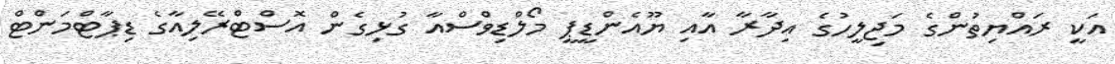
އަކީ ރައްޔިތުންގެ މަޖިލީހުގެ އިދާރާ އާއި ޔޫއެންޑީޕީ މޯލްޑިވްސްއާ ގުޅިގެން އޮސްޓްރޭލިއާގެ ޑިޕާޓްމަންޓް